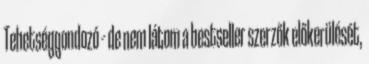
Tehetséggondozó – de nem látom a bestseller szerzők előkerülését,